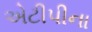
એટીપીના